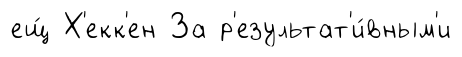
ещ́ Х'екк'ен За р'езультат'и́вным'и